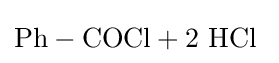
\mathrm {Ph-COCl+2\ HCl\ }